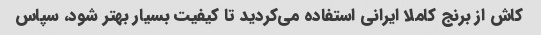
کاش از برنج کاملا ایرانی استفاده می‌کردید تا کیفیت بسیار بهتر شود، سپاس